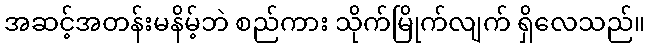
အဆင့်အတန်းမနိမ့်ဘဲ စည်ကား သိုက်မြိုက်လျက် ရှိလေသည်။